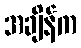
အချိန်က